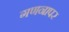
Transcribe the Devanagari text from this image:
गणनापर